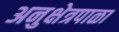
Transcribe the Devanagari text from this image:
अनुक्षेत्रपाळा